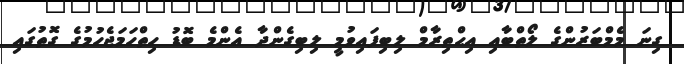
ގިނަ މެމްބަރުންގެ ލޯތްބާއި އިޙްތިރާމް ލިބިފައިވުމީ ލިބިގެންދާ އެންމެ ބޮޑު ހިތްހަމަޖެހުމުގެ ގޮތުގައި